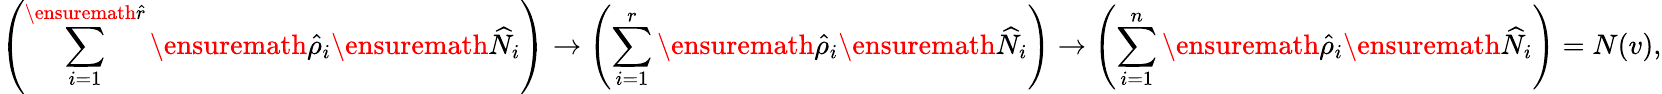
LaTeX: \left(\sum_{i=1}^{\ensuremath{\hat{r}}}\ensuremath{\hat{\rho}}_{i}\ensuremath{\widehat{N}}_{i}\right)\to\left(\sum_{i=1}^{r}\ensuremath{\hat{\rho}}_{i}\ensuremath{\widehat{N}}_{i}\right)\to\left(\sum_{i=1}^{n}\ensuremath{\hat{\rho}}_{i}\ensuremath{\widehat{N}}_{i}\right)=N(v),